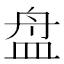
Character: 盘